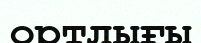
ортлығы